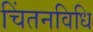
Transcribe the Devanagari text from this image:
चिंतनविधि